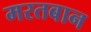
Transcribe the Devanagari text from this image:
मरतबान